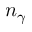
n _ { \gamma }